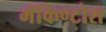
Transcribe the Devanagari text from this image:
मॅकिण्टोश